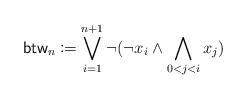
LaTeX: \begin{align*}\mathsf{btw}_n \coloneqq \bigvee_{i = 1}^{n+1} \lnot (\lnot x_i \land \bigwedge_{0 <j< i}x_j)\end{align*}